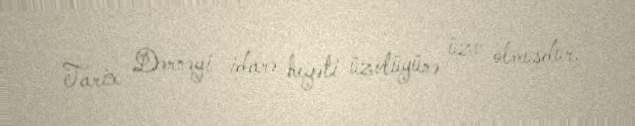
Tarix Dərnəyi idarə heyəti üzvlüyünə üzv olmuşdur.